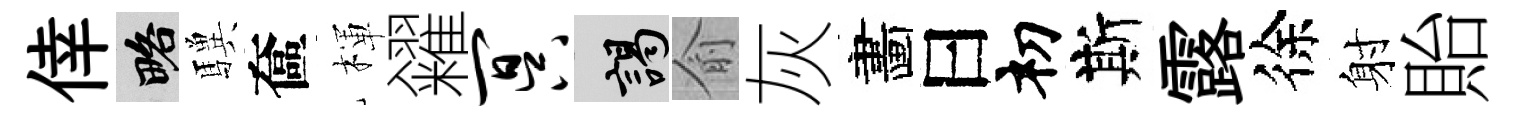
倖略驥奩楎糴冥謁俞灰畵曰𥘉斯露徐射貽